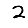
Digit: 2